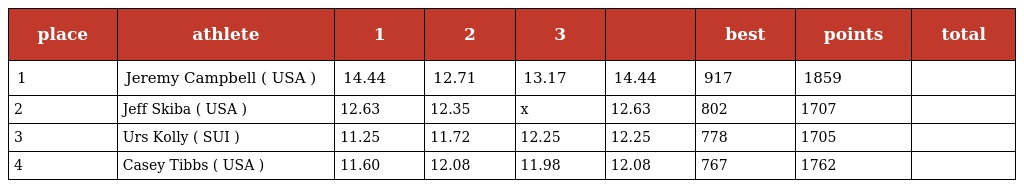
| place | athlete | 1 | 2 | 3 |  | best | points | total |
 | --- | --- | --- | --- | --- | --- | --- | --- | --- |
 | 1 | Jeremy Campbell ( USA ) | 14.44 | 12.71 | 13.17 | 14.44 | 917 | 1859 |  |
 | 2 | Jeff Skiba ( USA ) | 12.63 | 12.35 | x | 12.63 | 802 | 1707 |  |
 | 3 | Urs Kolly ( SUI ) | 11.25 | 11.72 | 12.25 | 12.25 | 778 | 1705 |  |
 | 4 | Casey Tibbs ( USA ) | 11.60 | 12.08 | 11.98 | 12.08 | 767 | 1762 |  |